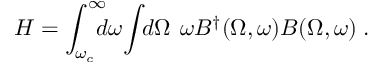
H = \int _ { \omega _ { c } } ^ { \infty } \! \! \! \! d \omega \! \int \! \! d \Omega \: \, \omega B ^ { \dagger } ( \Omega , \omega ) B ( \Omega , \omega ) \; .